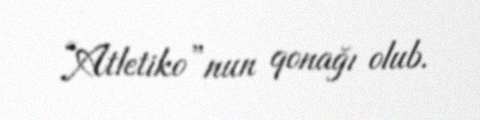
“Atletiko”nun qonağı olub.